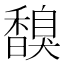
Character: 𩡗